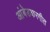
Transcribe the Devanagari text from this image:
आंबेडकरगीत